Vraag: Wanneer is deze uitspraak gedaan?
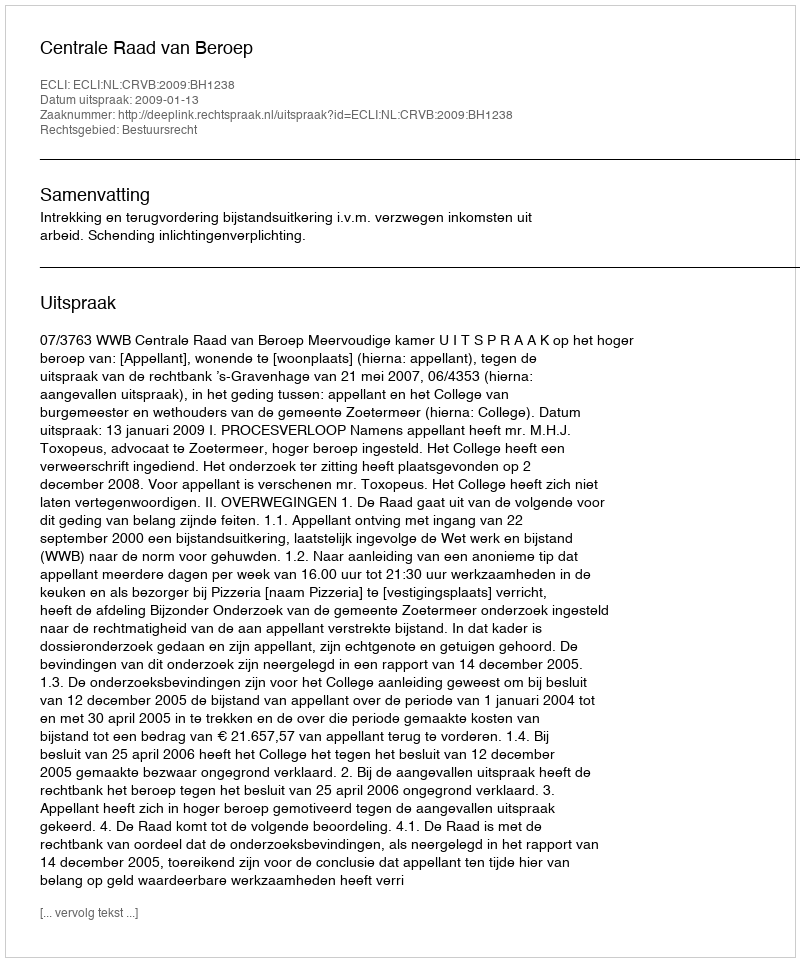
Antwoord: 2009-01-13